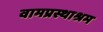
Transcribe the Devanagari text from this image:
वामप्रस्थाश्रम